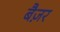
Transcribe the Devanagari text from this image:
बैज़र